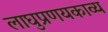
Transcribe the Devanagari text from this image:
लाघुप्रणयकाव्य